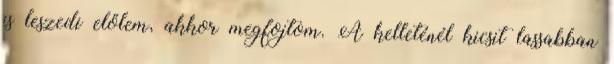
is leszedi előlem, akkor megfojtom. A kelleténél kicsit lassabban